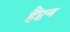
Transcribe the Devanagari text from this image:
हैंप्टन